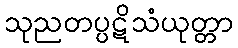
သုညတပ္ပဋိသံယုတ္တာ